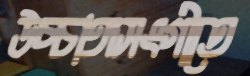
উচ্চাঙ্গসংগীতে